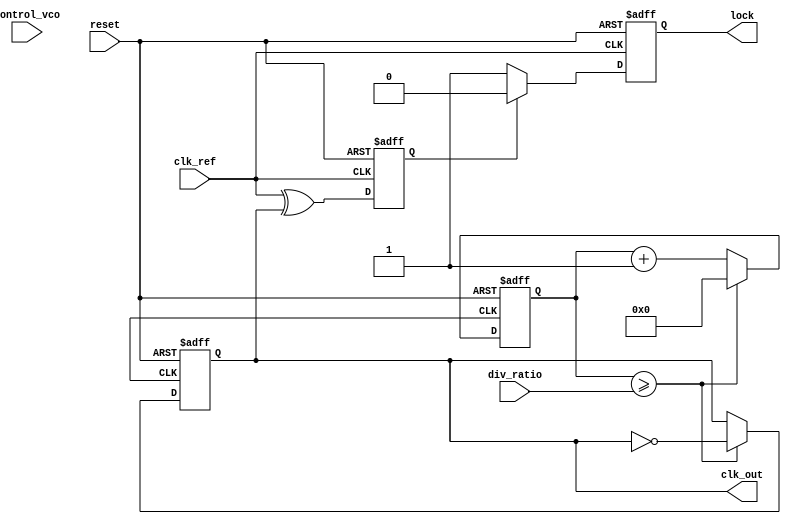
module high_performance_PLL (
    input wire clk_ref,           // Input reference clock
    input wire reset,             // Asynchronous reset
    input wire [2:0] div_ratio,   // Programmable division ratio for feedback
    input wire [7:0] control_vco, // Control voltage for VCO
    output wire clk_out,          // Output clock
    output wire lock              // Lock indicator
);

    // Internal signals
    reg [31:0] vco_counter;       // VCO counter
    reg [31:0] feedback_counter;   // Feedback counter
    reg phase_error;               // Phase error signal
    wire vco_clk;                  // VCO clock output
    reg locked;                    // Lock status

    // Phase Detector (XOR type for simplicity)
    always @(posedge clk_ref or posedge reset) begin
        if (reset) begin
            phase_error <= 0;
        end else begin
            // Compare phase of reference clock and feedback clock
            phase_error <= (clk_ref ^ clk_out);
        end
    end

    // Loop Filter (Simple RC filter model)
    reg [7:0] loop_filter_output;
    always @(posedge clk_ref or posedge reset) begin
        if (reset) begin
            loop_filter_output <= 0;
        end else begin
            // Simple first-order filter (for illustration)
            loop_filter_output <= loop_filter_output + (phase_error ? 1 : -1);
        end
    end

    // Voltage-Controlled Oscillator (VCO)
    always @(posedge clk_ref or posedge reset) begin
        if (reset) begin
            vco_counter <= 0;
        end else begin
            // Adjust VCO frequency based on control voltage
            vco_counter <= vco_counter + (control_vco[7:0] >> 1); // Example adjustment
            if (vco_counter >= (1 << control_vco)) begin
                vco_counter <= 0;
            end
        end
    end

    // Feedback Divider
    always @(posedge vco_clk or posedge reset) begin
        if (reset) begin
            feedback_counter <= 0;
            clk_out <= 0;
        end else begin
            feedback_counter <= feedback_counter + 1;
            if (feedback_counter >= div_ratio) begin
                feedback_counter <= 0;
                clk_out <= ~clk_out; // Toggle output clock
            end
        end
    end

    // Lock Detection
    always @(posedge clk_ref or posedge reset) begin
        if (reset) begin
            locked <= 0;
        end else begin
            // Simple lock detection based on phase error threshold
            if (phase_error == 0) begin
                locked <= 1;
            end else begin
                locked <= 0;
            end
        end
    end

    assign lock = locked;

endmodule